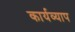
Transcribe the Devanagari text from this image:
कार्यव्याप